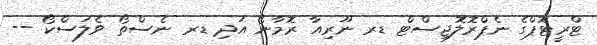
ޓްރީޓޮޕްގެ ނެޕްރޮލޮޖިސްޓް ޑރ ނޫރިއާ ރޮމާނޯ އަދި ޑރ ނެސްތޯ ވެލަސްކޯ --